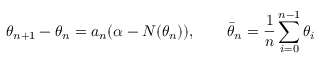
\theta _ { n + 1 } - \theta _ { n } = a _ { n } ( \alpha - N ( \theta _ { n } ) ) , \qquad { \bar { \theta } } _ { n } = { \frac { 1 } { n } } \sum _ { i = 0 } ^ { n - 1 } \theta _ { i }